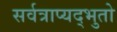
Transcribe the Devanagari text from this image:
सर्वत्राप्यद्भुतो